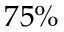
7 5 \%